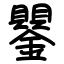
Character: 鑍